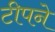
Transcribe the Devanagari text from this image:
टीपने